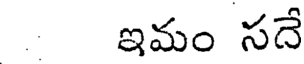
ఇమం సదే